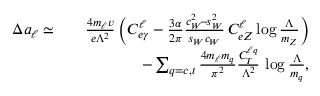
\begin{array} { r l r } { \Delta a _ { \ell } \simeq } & { } & { \frac { 4 m _ { \ell } v } { e \Lambda ^ { 2 } } \, \bigg ( C _ { e \gamma } ^ { \ell } - \frac { 3 \alpha } { 2 \pi } \frac { c _ { W } ^ { 2 } \! - \! s _ { W } ^ { 2 } } { s _ { W } c _ { W } } \, C _ { e Z } ^ { \ell } \log \frac { \Lambda } { m _ { Z } } \bigg ) } \\ & { } & { - \sum _ { q = c , t } \frac { 4 m _ { \ell } m _ { q } } { \pi ^ { 2 } } \frac { C _ { T } ^ { \ell q } } { \Lambda ^ { 2 } } \, \log \frac { \Lambda } { m _ { q } } , } \end{array}